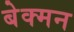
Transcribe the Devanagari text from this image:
बेक्मन